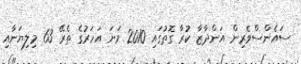
ސައެންސްވެރިން އަންދާޒާ ކުރާ ގޮތުގައި 2010 ވަނަ އަހަރުގެ ތެރޭ 63 މިލިޔަނާއި